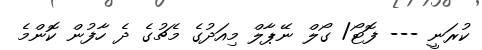
ކުރަނީ --- ފޮޓޯ/ ގޯލް ނޭޕާލް މިއަދުގެ މެޗުގެ ދެ ހާފުން ކޮންމެ